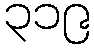
၃၁၉